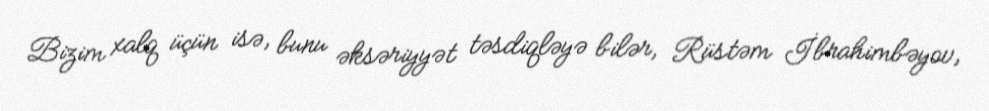
Bizim xalq üçün isə, bunu əksəriyyət təsdiqləyə bilər, Rüstəm İbrahimbəyov,